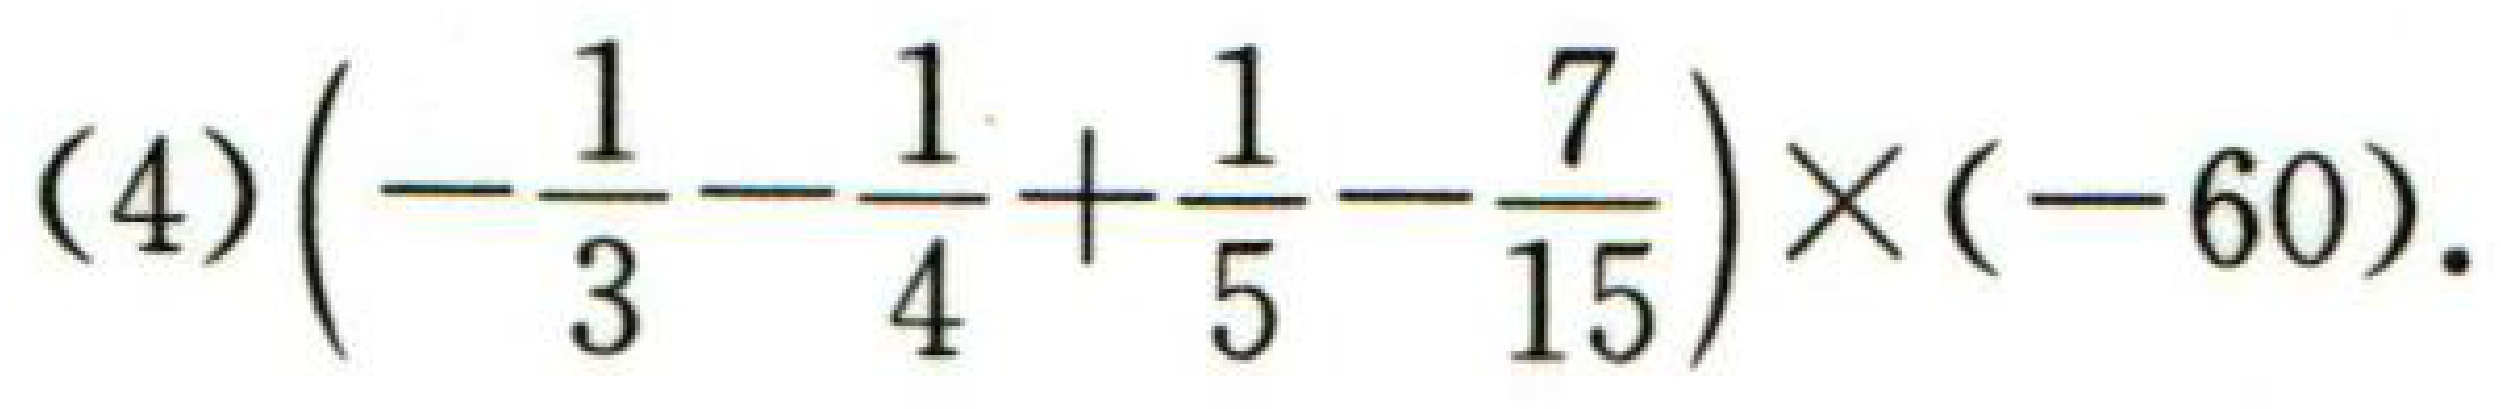
$(4)\left(-\dfrac{1}{3}-\dfrac{1}{4}+\dfrac{1}{5}-\dfrac{7}{15}\right)\times(-60).$